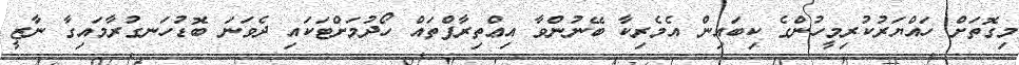
މިގޮތަށް ހައްޔަރުކުރިމީހުންގެ ކިބައިން އެމެރިކާ ބޭނުންވާ އިޢްތިރާފްތައް ހޯދުމަށްޓަކައި ދެވަނަ ބޮޑުހަނގުރާމައިގާ ނާޒީ